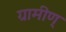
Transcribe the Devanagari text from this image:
ग्रामीण्